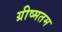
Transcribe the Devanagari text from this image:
ग्रीष्मतम